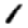
Digit: 1